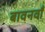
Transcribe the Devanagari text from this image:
बावनवाँ